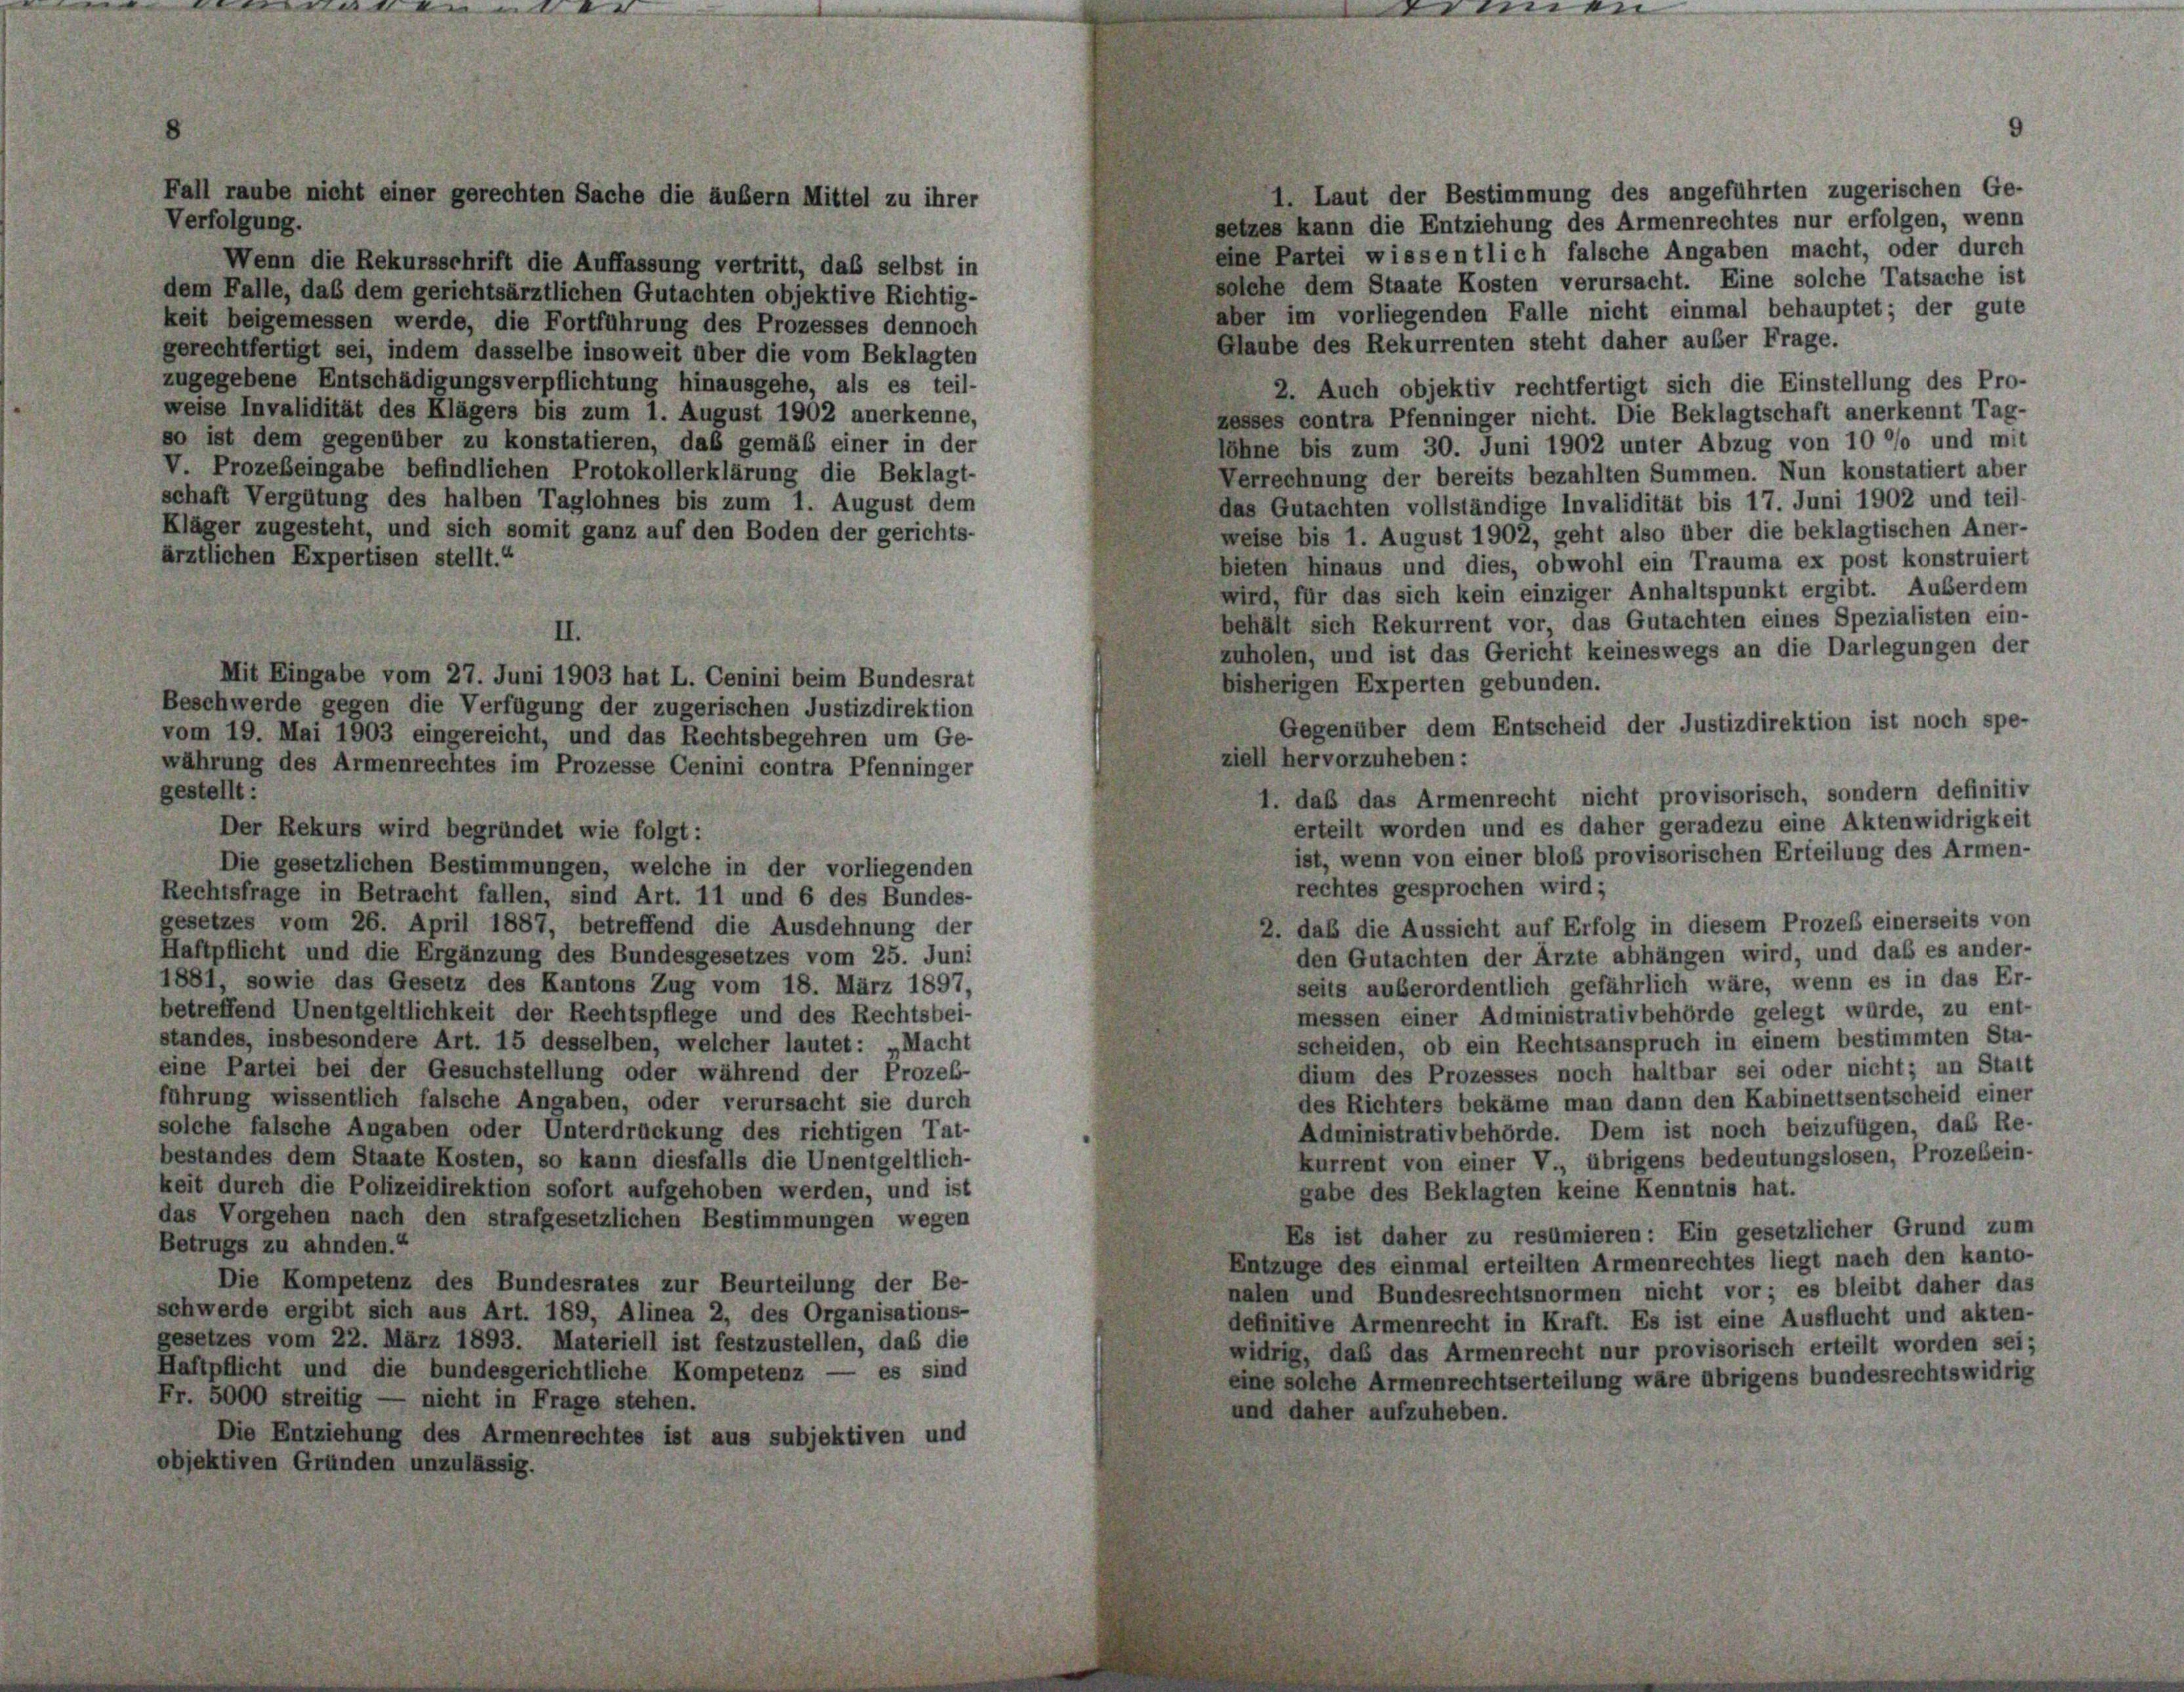
1 Laut der Bestimmung des angeführten zugerischen Ge-
Verfolgung.
setzes kann die Entziehung des Armenrechtes nur erfolgen, wenn
eine Partei wissentlich falsche Angaben macht, oder durch
solche dem Staate Kosten verursacht. Eine solche Tatsache ist
dem Falle, daß dem gerichtsärztlichen Gutachten objektive Richtig-
aber im vorliegenden Falle nicht einmal behauptet; der gute
keit beigemessen werde, die Fortführung des Prozesses dennoch
Glaube des Rekurrenten steht daher außer Frage.
gerechtfertigt sei, indem dasselbe insoweit über die vom Beklagten
zugegebene Entschädigungsverpflichtung hinausgehe, als es teil-
2. Auch objektiv rechtfertigt sich die Einstellung des Pro-
weise Invalidität des Klägers bis zum 1. August 1902 anerkenne,
zesses contra Pfenninger nicht. Die Beklagtschaft anerkennt Tag-
so ist dem gegenüber zu konstatieren, daß gemäß einer in der
Söhne bis zum 30. Juni 1902 unter Abzug von 10 °/o und mit
V. Prozebeingabe befindlichen Protokollerklärung die Beklagt-
Verrechnung der bereits bezahlten Summen. Nun konstatiert aber
schaft Vergütung des halben Taglohnes bis zum 1. August dem
das Gutachten vollständige Invalidität bis 17. Juni 1902 und teil-
Kläger zugesteht, und sich somit ganz auf den Boden der gerichts-
weise bis 1. August 1902, geht also über die beklagtischen Aner-
ärztlichen Expertisen stellt.“
bieten hinaus und dies, obwohl ein Trauma ex post konstruiert
wird, für das sich kein einziger Anhaltspunkt ergibt. Außerdem
behält sich Rekurrent vor, das Gutachten eines Spezialisten ein-
II.
zuholen, und ist das Gericht keineswegs an die Darlegungen der
Mit Eingabe vom 27. Juni 1903 hat L. Cenini beim Bundesrat
bisherigen Experten gebunden.
Beschwerde gegen die Verfügung der zugerischen Justizdirektion
Gegenüber dem Entscheid der Justizdirektion ist noch spe-
vom 19. Mai 1903 eingereicht, und das Rechtsbegehren um Ge-
ziell hervorzuheben:
währung des Armenrechtes im Prozesse Cenini contra Pfenninger
gestellt:
1. daß das Armenrecht nicht provisorisch, sondern definitiv
erteilt worden und es daher geradezu eine Aktenwidrigkeit
Der Rekurs wird begründet wie folgt:
ist, wenn von einer bloß provisorischen Erteilung des Armen-
Die gesetzlichen Bestimmungen, welche in der vorliegenden
rechtes gesprochen wird;
Rechtsfrage in Betracht fallen, sind Art. 11 und 6 des Bundes-
gesetzes vom 26. April 1887, betreffend die Ausdehnung der
2. daß die Aussicht auf Erfolg in diesem Prozeß einerseits von
Haftpflicht und die Ergänzung des Bundesgesetzes vom 25. Juni
den Gutachten der Ärzte abhängen wird, und das es ander-
1881, sowie das Gesetz des Kantons Zug vom 18. März 1897,
seits außerordentlich gefährlich wäre, wenn es in das Er-
betreffend Unentgeltlichkeit der Rechtspflege und des Rechtsbei-
messen einer Administrativbehörde gelegt würde, zu ent-
standes, insbesondere Art. 15 desselben, welcher lautet: „Macht
scheiden, ob ein Rechtsanspruch in einem bestimmten Stu-
eine Partei bei der Gesuchstellung oder während der Prozeb-
dium des Prozesses noch haltbar sei oder nicht; an Statt
führung wissentlich falsche Angaben, oder verursacht sie durch
des Richters bekäme man dann den Kabinettsentscheid einer
solche falsche Angaben oder Unterdrückung des richtigen Tat-
Administrativbehörde. Dem ist noch beizufügen, das Re-
bestandes dem Staate Kosten, so kann diesfalls die Unentgeltlich-
kurrent von einer V., übrigens bedeutungslosen, Prozesein
keit durch die Polizeidirektion sofort aufgehoben werden, und ist
gabe des Beklagten keine Kenntnis hat.
das Vorgehen nach den strafgesetzlichen Bestimmungen wegen
Es ist daher zu resümieren: Ein gesetzlicher Grund zum
Betrugs zu ahnden.“
Entzuge des einmal erteilten Armenrechtes liegt nach den kanto-
Die Kompetenz des Bundesrates zur Beurteilung der Be-
nalen und Bundesrechtsnormen nicht vor; es bleibt daher das
schwerde ergibt sich aus Art. 189, Alinea 2, des Organisations-
definitive Armenrecht in Kraft. Es ist eine Ausflucht und akten-
gesetzes vom 22. März 1893. Materiell ist festzustellen, das die
widrig, daß das Armenrecht nur provisorisch erteilt worden sei;
Haftpflicht und die bundesgerichtliche Kompetenz — es sind
eine solche Armenrechtserteilung wäre übrigens bundesrechtswidrig
Fr. 5000 streitig — nicht in Frage stehen.
und daher aufzuheben.
Die Entziehung des Armenrechtes ist aus subjektiven und
objektiven Gründen unzulässig.

Fall raube nicht einer gerechten Sache die äußern Mittel zu ihrer

Wenn die Rekursschrift die Auffassung vertritt, das selbst in

.

Armen